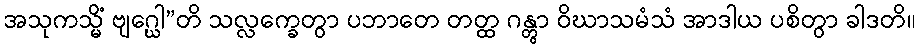
အသုကသ္မိံ ဗျဂ္ဃေါ”တိ သလ္လက္ခေတွာ ပဘာတေ တတ္ထ ဂန္တွာ ဝိဃာသမံသံ အာဒါယ ပစိတွာ ခါဒတိ။